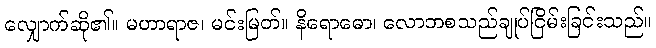
လျှောက်ဆို၏။ မဟာရာဇ၊ မင်းမြတ်။ နိရောဓော၊ လောဘစသည်ချုပ်ငြိမ်းခြင်းသည်။